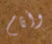
وأنام